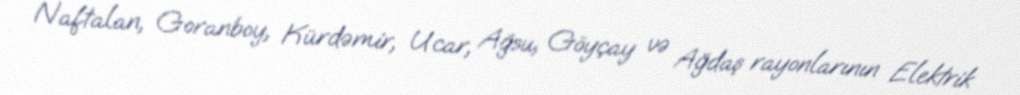
Naftalan, Goranboy, Kürdəmir, Ucar, Ağsu, Göyçay və Ağdaş rayonlarının Elektrik